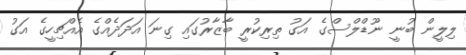
ލިލީން ބުނީ ނޫޑްލްސްގެ އަގު ތިރިކުރީ ބާޒާރުގައި ގިނަ އަދަދެއްގެ އެއްޗިހީގެ އަގު